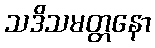
သဒိသမတ္တနော